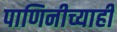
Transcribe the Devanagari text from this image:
पाणिनीच्याही